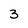
Character: 3